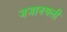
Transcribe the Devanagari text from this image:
जजानगली